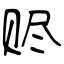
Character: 赆